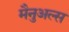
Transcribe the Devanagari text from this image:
मैनुअल्स